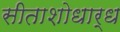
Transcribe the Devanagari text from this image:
सीताशोधार्ध